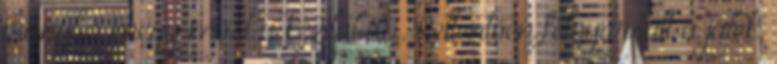
irányba megy most a kézilabda. Rettentően felgyorsult a játék,